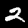
Digit: 2